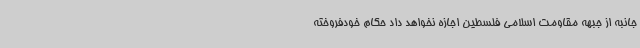
جانبه از جبهه مقاومت اسلامی فلسطین اجازه نخواهد داد حکام خودفروخته